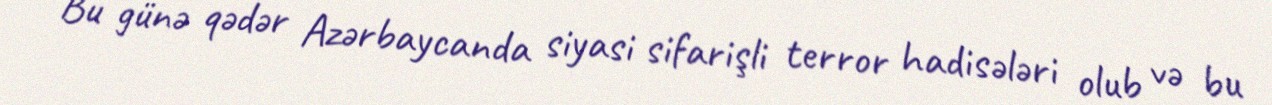
Bu günə qədər Azərbaycanda siyasi sifarişli terror hadisələri olub və bu